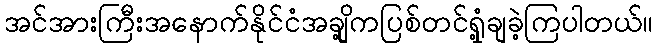
အင်အားကြီးအနောက်နိုင်ငံအချို့ကပြစ်တင်ရှုံ့ချခဲ့ကြပါတယ်။